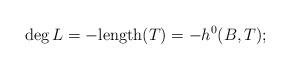
LaTeX: \begin{align*}\deg L= -\mathrm{length}(T)=-h^0(B,T);\end{align*}